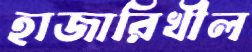
হাজারিখীল